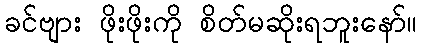
ခင်ဗျား ဖိုးဖိုးကို စိတ်မဆိုးရဘူးနော်။